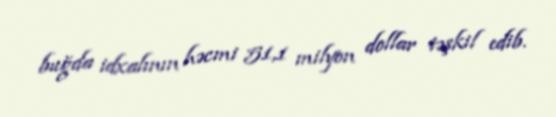
buğda idxalının həcmi 51,1 milyon dollar təşkil edib.